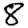
Digit: 8